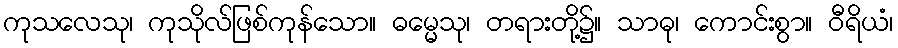
ကုသလေသု၊ ကုသိုလ်ဖြစ်ကုန်သော။ ဓမ္မေသု၊ တရားတို့၌။ သာဓု၊ ကောင်းစွာ။ ဝီရိယံ၊